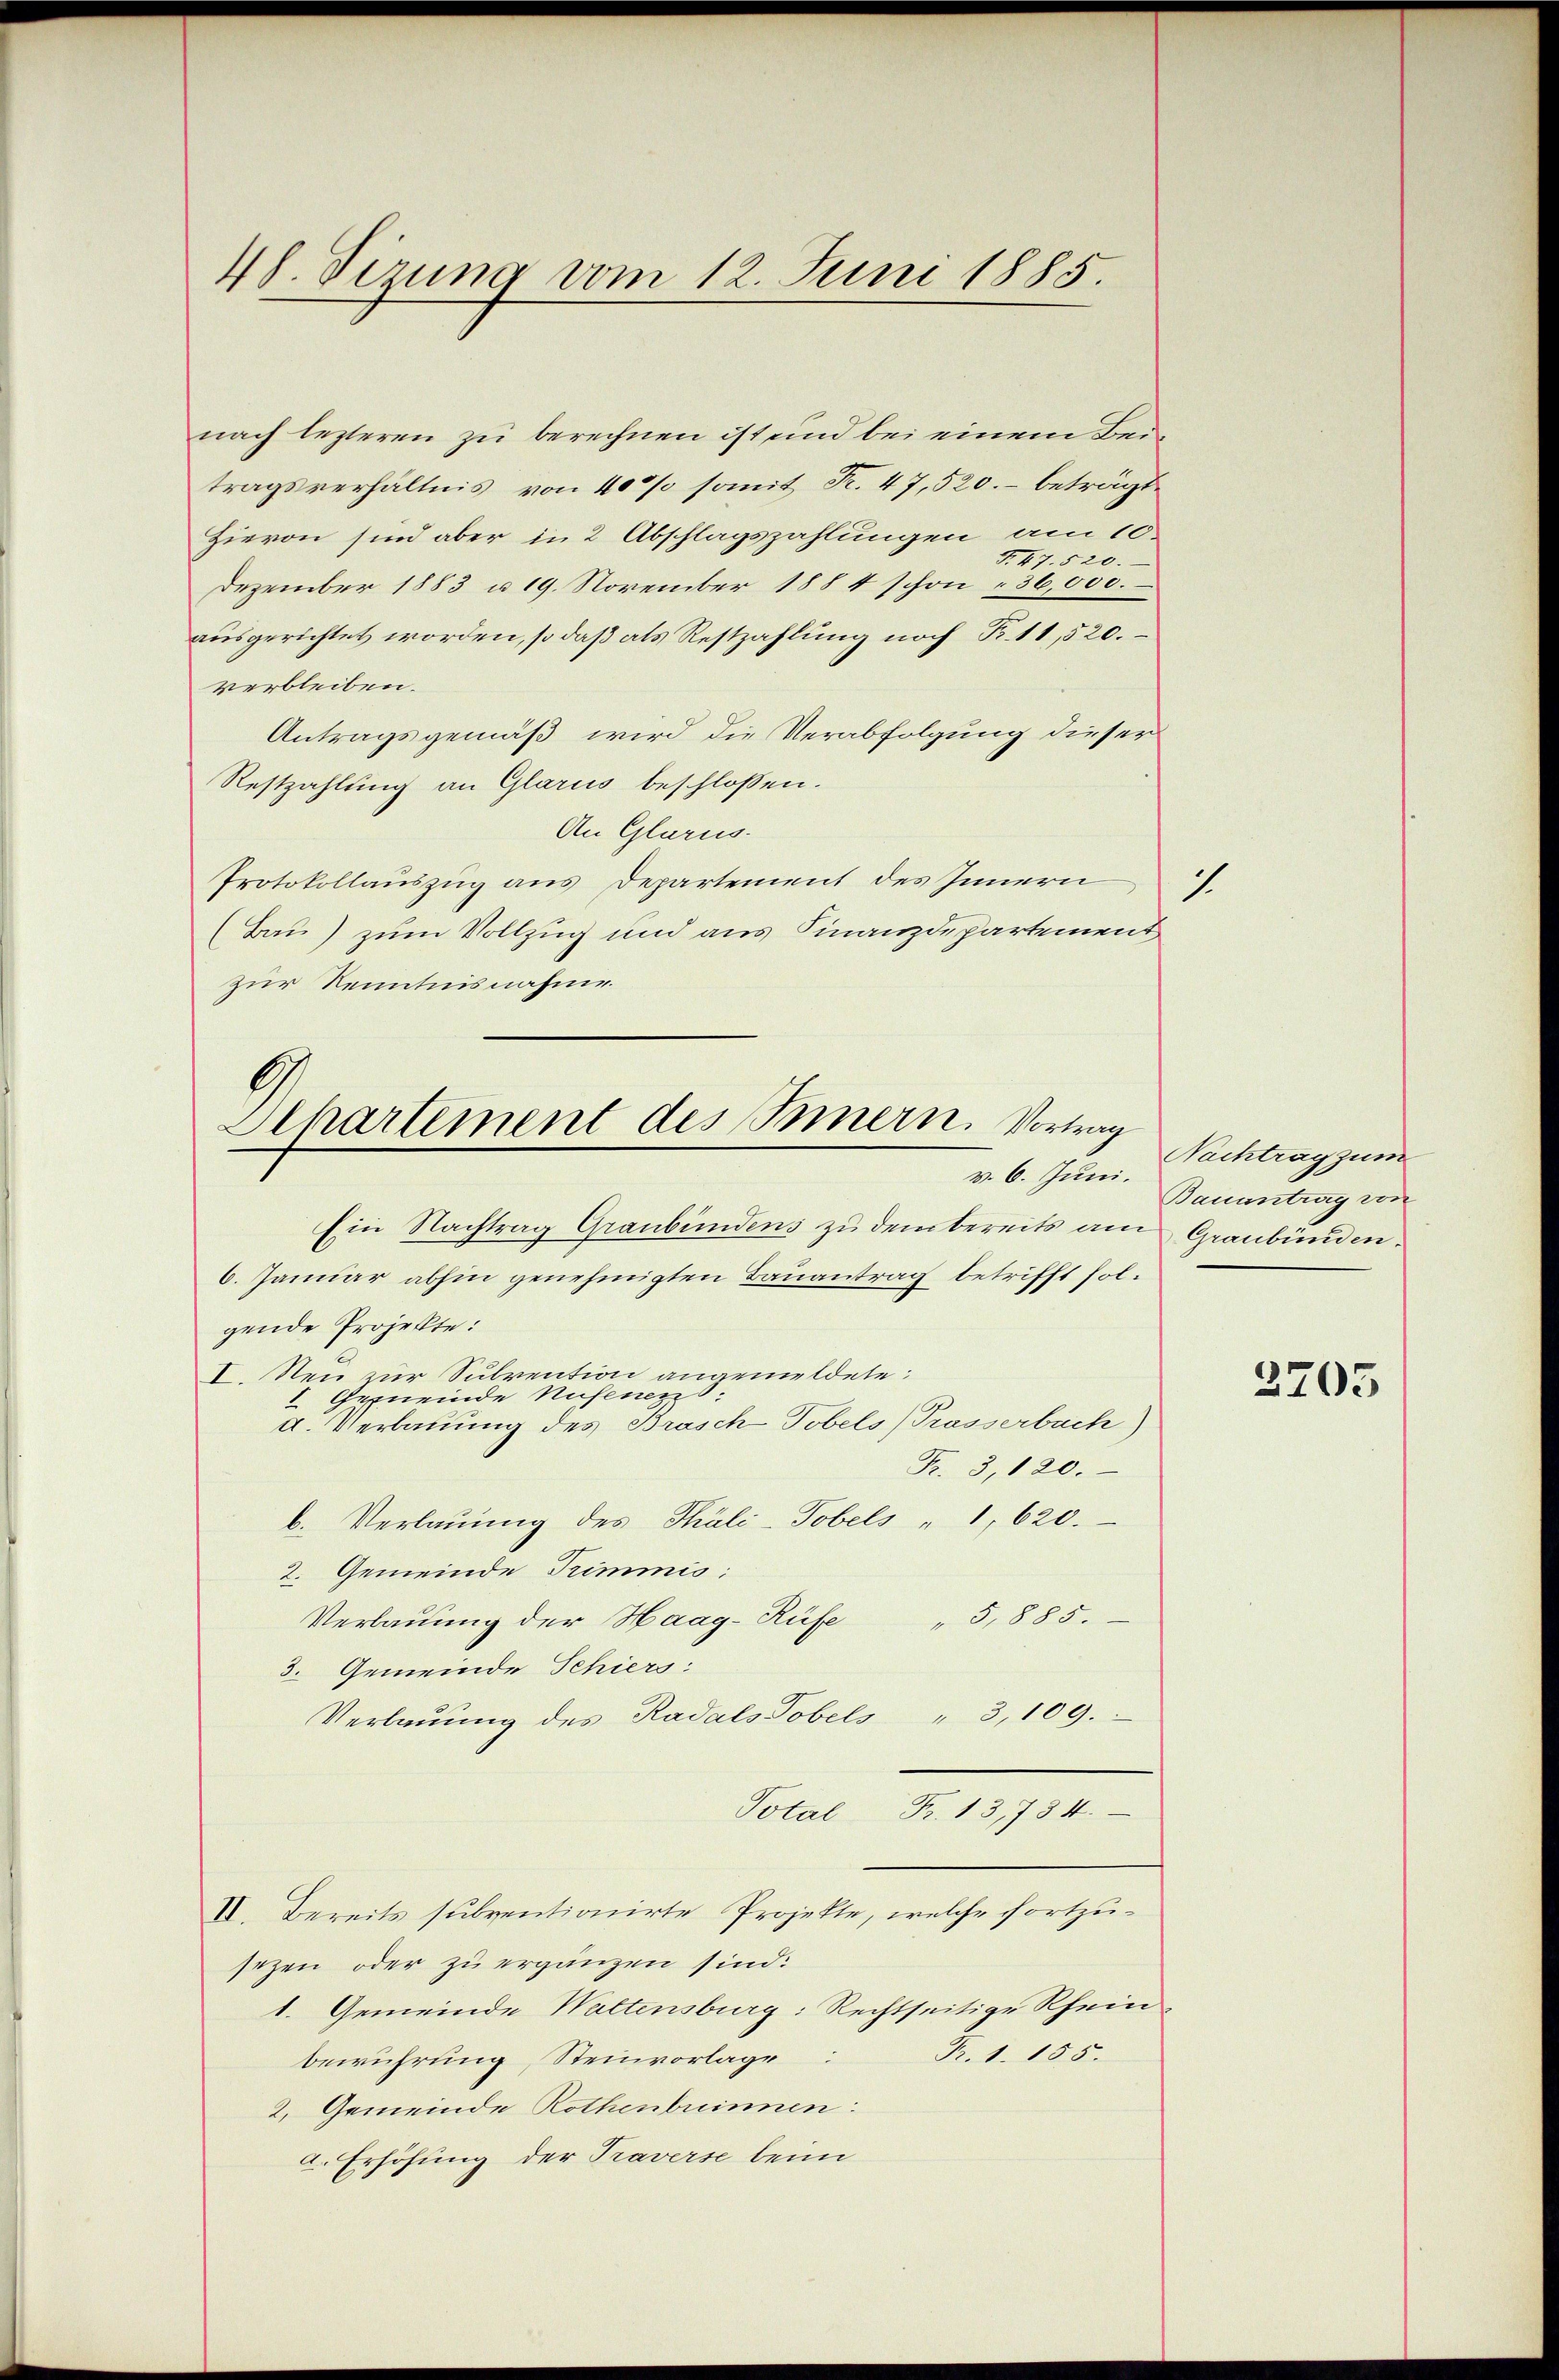
48. Sizung vom 12. Juni 1885.

nach lezteren zu berechnen ist und bei einem Beitragsverhältnis von 40% somit Fr. 47,520. beträgt.
Hievon sind aber in 2 Abschlagszahlungen am 10.
F. 47. 520.
Dezember 1883 u. 19. November 1884 schon " 36,000.
aŭsgerichtet worden, so daβ als Restzahlŭng noch Fr. 11,520.
verbleiben.
Antragsgemäß wird die Verabfolgung dieser
Restzahlung an Glarus beschlossen.
An Glarus.
Protokollauszug aus Departement des Innern
2.
(Bau) zum Vollzug und aus Finanzdepartement
zur Kenntnisnahme.

Achartement des Sonnern. Vortrag
v. 6. Juni.

Ein Nachtrag Graubündens zu dem bereits am Graubünden.
6. Januar abhin genehmigten Bauantrag betrifft folgende Projekte:
I. Neu zur Subvention angemeldete.
1. Gemeinde Nufenen
d. Verbauung des Brasch Tobels (Trasserbach)
Fr. 3, 120.
b. Verlauung des Thäli-Tobels " 1, 620.
2. Gemeinde Trimmis
Verbauung der Haag-Rüfe " 5,885.
3. Gemeinde Schiers:
Verbaŭŭng des Radals Tobels " 3,109.
Total Fr. 13,784.
II. Bereits subventionirte Projekte, welche fortzusezen oder zu ergänzen sind:
1. Gemeinde Waltensburg: Rechtseitige Rhein¬
Pr. 1. 155.
berührung, Steinvorlage
2. Gemeinde Rothenbrinnen:
2. Erhöhung der Traverse beim

Nachtrag zum
Bauantrag von

3705